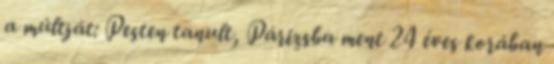
a múltját: Pesten tanult, Párizsba ment 24 éves korában